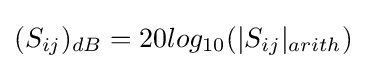
(S_{ij})_{dB}=20log_{10}(|S_{ij}|_{arith})